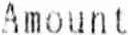
AMOUNT